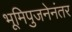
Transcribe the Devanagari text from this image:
भूमिपुजनेनंतर